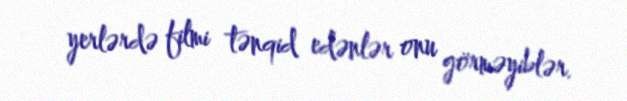
yerlərdə filmi tənqid edənlər onu görməyiblər.